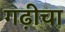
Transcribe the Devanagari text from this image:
गढ़ीचा